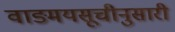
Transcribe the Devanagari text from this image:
वाङ्मयसूचीनुसारी